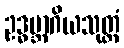
ဥဒ္ဓမ္ဘာဂိယသုတ္တံ